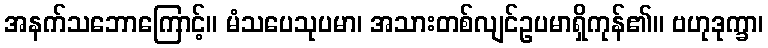
အနက်သဘောကြောင့်။ မံသပေသုပမာ၊ အသားတစ်လျင်ဥပမာရှိကုန်၏။ ဗဟုဒုက္ခာ၊